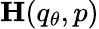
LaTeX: \mathbf{H}(q_{\theta},p)